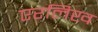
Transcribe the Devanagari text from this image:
एरलिख